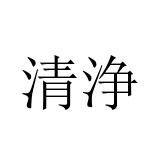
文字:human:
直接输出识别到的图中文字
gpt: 清浄